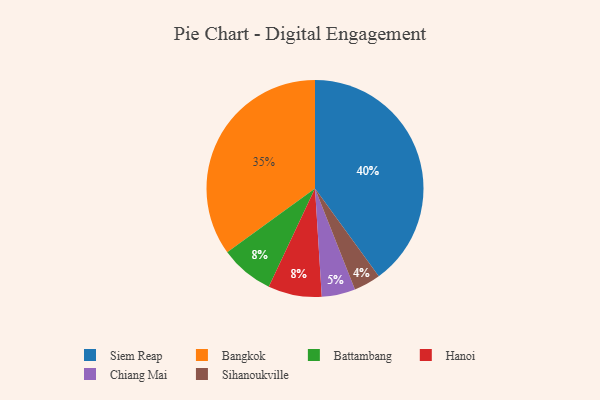
{"axis": {"x": "Category", "y": "Percentage"}, "legend": ["Bangkok", "Battambang", "Chiang Mai", "Hanoi", "Siem Reap", "Sihanoukville"], "data": [{"x": "Bangkok", "y": 35, "type": "Bangkok"}, {"x": "Chiang Mai", "y": 5, "type": "Chiang Mai"}, {"x": "Sihanoukville", "y": 4, "type": "Sihanoukville"}, {"x": "Battambang", "y": 8, "type": "Battambang"}, {"x": "Siem Reap", "y": 40, "type": "Siem Reap"}, {"x": "Hanoi", "y": 8, "type": "Hanoi"}]}